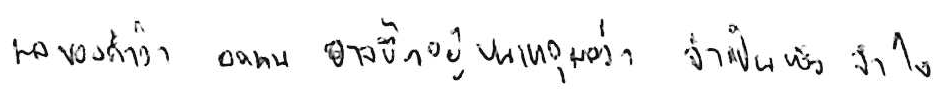
ผลของคำว่า อดทน อาจขึ้นอยู่บนเหตุผลว่า จำเป็น หรือ จำใจ